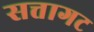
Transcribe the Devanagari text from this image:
सत्तागट